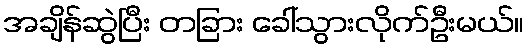
အချိန်ဆွဲပြီး တခြား ခေါ်သွားလိုက်ဦးမယ်။